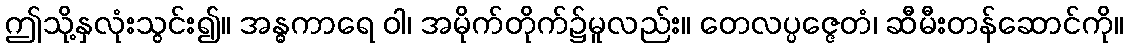
ဤသို့နှလုံးသွင်း၍။ အန္ဓကာရေ ဝါ၊ အမိုက်တိုက်၌မူလည်း။ တေလပ္ပဇ္ဇေတံ၊ ဆီမီးတန်ဆောင်ကို။